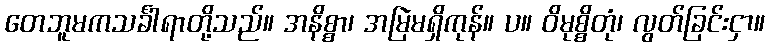
တေဘူမကသင်္ခါရာတို့သည်။ အနိစ္စာ၊ အမြဲမရှိကုန်။ ပ။ ဝိမုစ္စိတုံ၊ လွတ်ခြင်းငှာ။